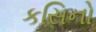
કસિનો